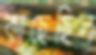
কাছেছিল